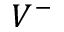
V ^ { - }